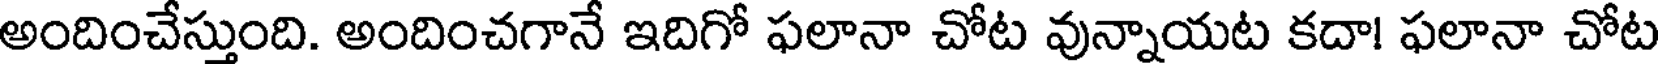
అందించేస్తుంది. అందించగానే ఇదిగో ఫలానా చోట వున్నాయట కదా! ఫలానా చోట